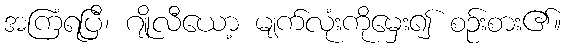
အကြံရပြီ၊ ဂျိုလီယော့ မျက်လုံးကိုမှေး၍ စဉ်းစား၏။